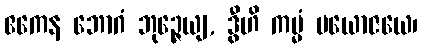
ဧကေန ဘောဂံ ဘုဉ္ဇေယျ, ဒွီဟိ ကမ္မံ ပယောဇယေ၊